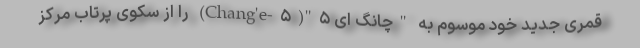
قمری جدید خود موسوم به "چانگ ای ۵"(Chang'e-۵) را از سکوی پرتاب مرکز